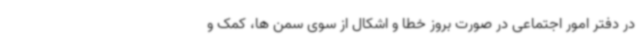
در دفتر امور اجتماعی در صورت بروز خطا و اشکال از سوی سمن ها، کمک و